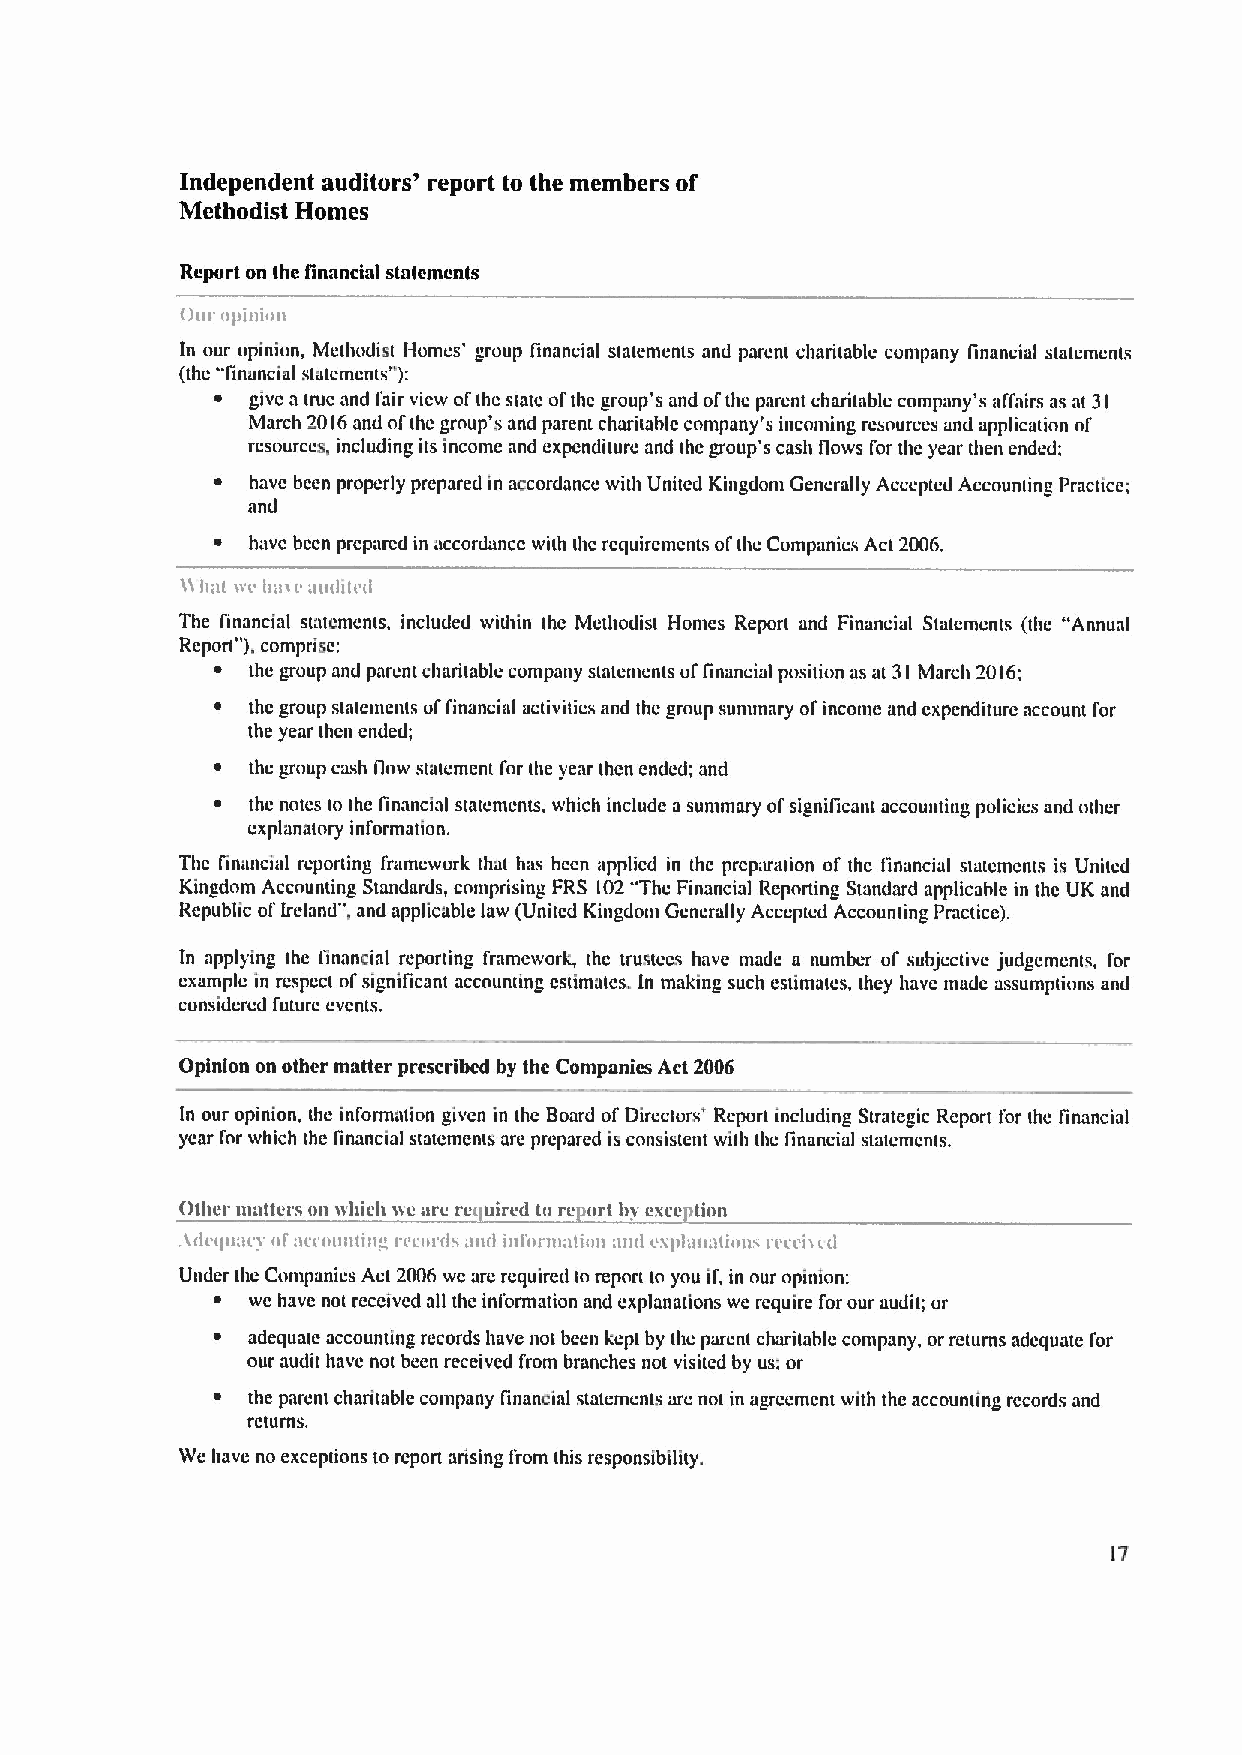
Independent auditors' report to the members of
 Methodist Homes
 Report on the linancinl statenicnts
 t)ill' ol)(llioli
 In our upiniun, Methodist Homes' group financial statements and parent charitable company linancial statements
 (thc -linancial statcmcnts"):
 ~ give a true and fair view ofthc state ofthc group's and ofthc parent charitable company's affairs as at 31
 March 2016and ofthc group's and parent charitable company's incoming resources and application of
 resources. including its income and expenditure and the group's cash llows I'or the year then ended;
 ~ have been properly prepared in accordance with United Kingdom Generally Accepted Accounting Practice;
 and
 ~ have bccn prcparcd in accordance with thc rcquircmcnts ol' thc Companies Act 2006.
 n hat )vc ha) caudit( 0
 The financial statements, included within the Methodist Homes Report and Financial Statements (the "Annual
 Report"),comprise:
 ~ the group and parent charitable company statements ul' financial position as at 31 March 2016;
 ~ thc group statements ol financial activities and the group sununary ofincome and expenditure account for
 the year then ended;
 ~ the group cash IIow statement for the year then ended; and
 ~ thc notes to the financial statements, which include a summary ofsignificant accounting policies and other
 explanatory information.
 Thc Cinancial reporting framework tha( h;is been applied in thc preparation of thc Binancial statcmcnts is United
 Kingdom Accounting Standards, comprising FRS 102"The Financial Repnrting Standard applicable in thc UK and
 Republic ofIreland", and applicable law (United Kingdom Gcncrally Accepted Accounting Practice).
 In applying the linancial reporting framework, thc trustccs have made a number of subjec(ive judgements, I'or
 example in respect ol' significant accnunting cstimatcs. In making such estimates, they have made assumptions and
 considered future events.
 Opinion on other matter prcscribcd by the Companies Acl 2006
 In our opinion, the inl'ormation given in the Board ofDirectors' Report including Strategic Report for thc financial
 year I'or which the linancial statements are prepared is consistent with the financial statements.
 Other mntters mi ivhich ive are re uired to re ort hv exec tion
 Adc(tu()cy ol' uccountin" re(i)rdv (md inl'erma(ion:u)d cxplun()timiv rcrci) (0
 Under the Conipanies Act 2006 we are required to repor( to ynu il; in our opinion:
 ~ we have not received all the inl'ormation and explanations we require for our audit; or
 ~ adequate accounting records have not been kept by the parent charitable company, or returns adequate for
 our audit have not been received from branches not visited by us; or
 ~ the parent charitable company financial statements are not in agreement with the accounting records and
 returns.
 IVe have no exceptions to report arising I'rom this responsibility.
 I7